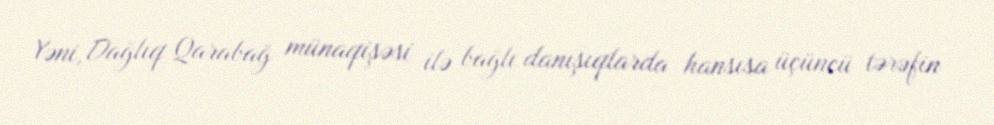
Yəni, Dağlıq Qarabağ münaqişəsi ilə bağlı danışıqlarda hansısa üçüncü tərəfin